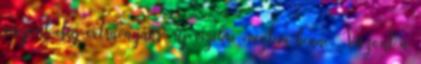
viszont elég extravagáns, új vizekre eveztem benne. Viszont a